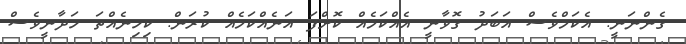
ގެންނަނީ. އެކަމްވެސް އަބަދު ގޮވާނީ އެއްކަމެއް ކޮށްފަ އަނެއްކަމެއް ކުރަން. ކިހިނެއްތަ ހަދާނީވެސް